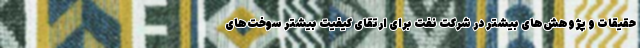
حقیقات و پژوهش‌های بیشتر در شرکت نفت برای ارتقای کیفیت بیشتر سوخت‌های